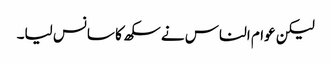
لیکن عوام الناس نے سکھ کا سانس لیا۔